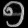
Digit: ၅